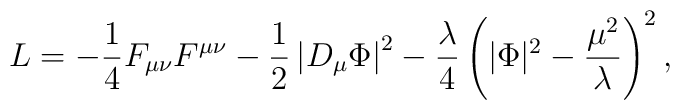
L=-{1\over 4}F_{\mu\nu}F^{\mu\nu} - {1\over 2}\left|D_{\mu}\Phi\right|^2 - {\lambda\over 4}\left(|\Phi |^2 - {\mu^2\over\lambda}\right)^2,